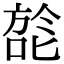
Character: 旕